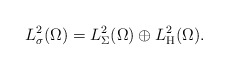
\begin{align*}L^2_\sigma(\Omega) = L^2_\Sigma(\Omega) \oplus L^2_{\rm H}(\Omega) .\end{align*}